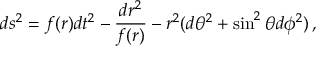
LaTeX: d s ^ { 2 } = f ( r ) d t ^ { 2 } - \frac { d r ^ { 2 } } { f ( r ) } - r ^ { 2 } ( d \theta ^ { 2 } + \sin ^ { 2 } \theta d \phi ^ { 2 } ) \, ,